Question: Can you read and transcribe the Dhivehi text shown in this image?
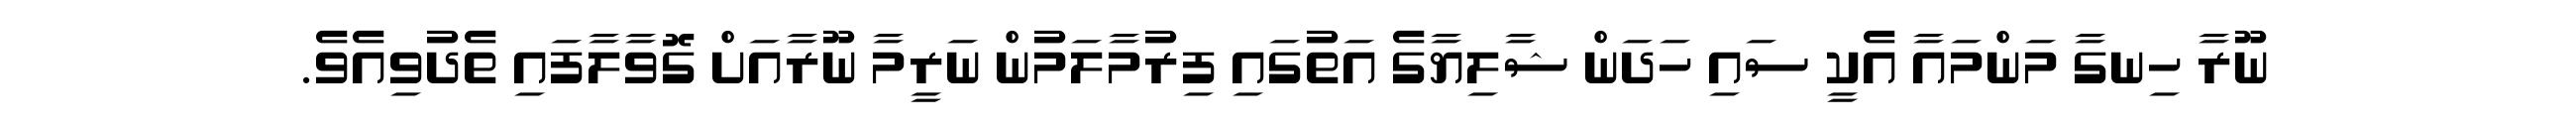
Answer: ނޫރާ ހިނގާ މަންމައާ އެކީ ސައި ހަދަން ޝާލިޔާގެ އަތުގައި ފިރުމާލަމުން ނަރީމާ ނޫރާއަށް ގޮވާލާފައި ތެދުވިއެވެ.